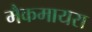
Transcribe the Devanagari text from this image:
मैकमायरा